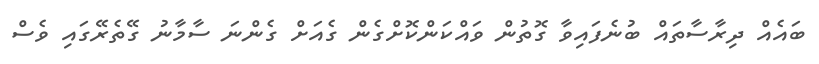
ބައެއް ދިރާސާތައް ބުނެފައިވާ ގޮތުން ވައްކަންކޮށްގެން ގެއަށް ގެންނަ ސާމާނު ގޭތެރޭގައި ވެސް